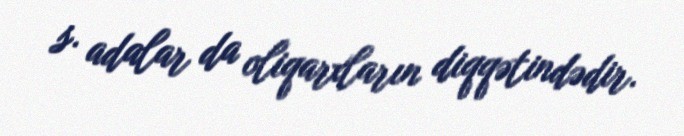
s. adalar da oliqarxların diqqətindədir.